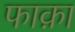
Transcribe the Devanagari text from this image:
फाक़ा